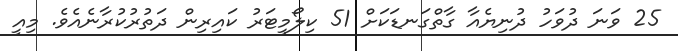
25 ވަނަ ދުވަހު ދުނިޔެއާ ގާތްގަނޑަކަށް 51 ކިލޯމީޓަރު ކައިރިން ދަތުރުކުރާނެއެވެ. މިއީ